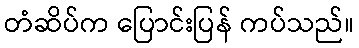
တံဆိပ်က ပြောင်းပြန် ကပ်သည်။